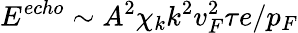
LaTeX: E^{echo}\sim A^{2}\chi_{k}k^{2}v_{F}^{2}\tau e/p_{F}